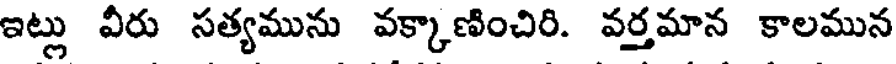
ఇట్లు వీరు సత్యమును వక్కాణించిరి. వర్తమాన కాలమున